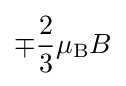
\mp {\frac {2}{3}}\mu _{\text{B}}B